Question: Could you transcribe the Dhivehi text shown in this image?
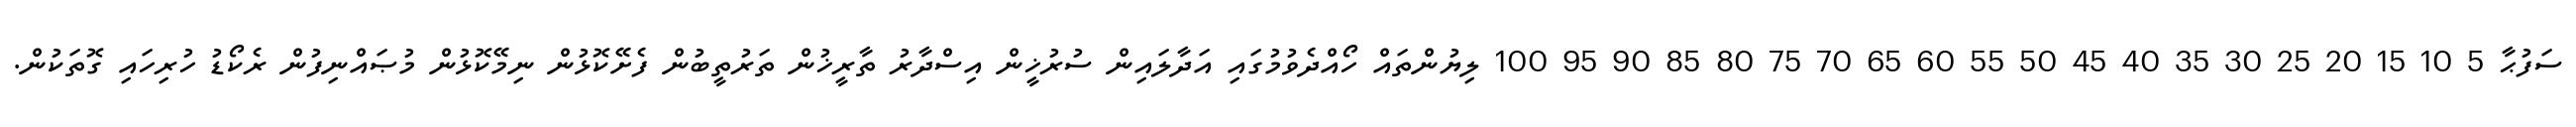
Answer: ސަފުޙާ 5 10 15 20 25 30 35 40 45 50 55 60 65 70 75 80 85 90 95 100 ލިޔުންތައް ހޯއްދެވުމުގައި އަދާލައިން ސުރުޚީން އިސްދާރު ތާރީޚުން ތަރުތީބުން ފެށޭކޮޅުން ނިމޭކޮޅުން މުޞައްނިފުން ރެކޯޑު ހުރިހައި ގޮތަކުން.